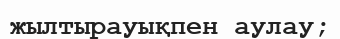
жылтырауықпен аулау;